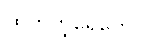
ထွက်တဲ့ရေတွေ။